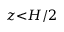
z { < } H / 2